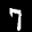
Label: 7